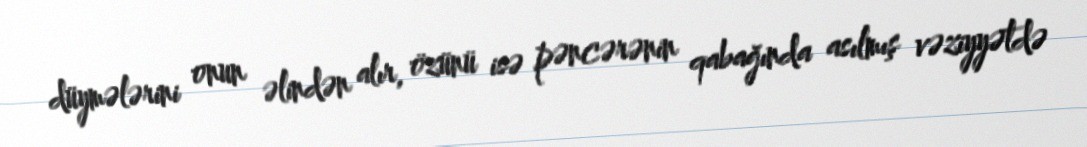
düymələrini onun əlindən alır, özünü isə pəncərənin qabağında asılmış vəziyyətdə